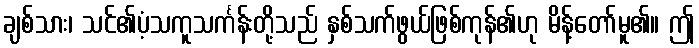
ချစ်သား၊ သင်၏ပံ့သကူသင်္ကန်းတို့သည် နှစ်သက်ဖွယ်ဖြစ်ကုန်၏ဟု မိန့်တော်မူ၏။ ဤ